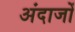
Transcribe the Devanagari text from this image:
अंदाजों